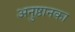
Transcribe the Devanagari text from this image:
अनुष्ठानका